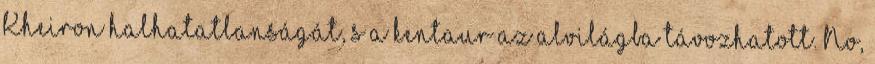
Kheiron halhatatlanságát, s a kentaur az alvilágba távozhatott. No,